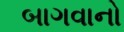
બાગવાનો